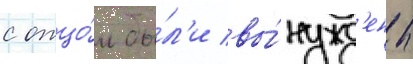
с отцо́м бы́л'и вы́нужд'ены